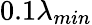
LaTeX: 0.1\lambda_{min}